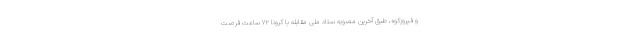
و فیروزکوه، طبق آخرین مصوبه ستاد ملی مقابله با کرونا ۷۲ ساعت فرصت